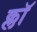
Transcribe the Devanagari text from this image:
क्लॉ